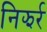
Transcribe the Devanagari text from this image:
निझर्र